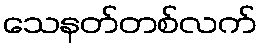
သေနတ်တစ်လက်